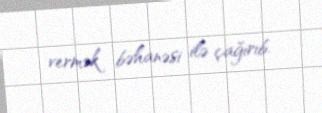
vermək bəhanəsi ilə çağırıb.